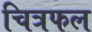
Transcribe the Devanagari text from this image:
चित्रफल